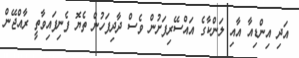
އަދި އިންޑިއާ އާއި ލަންކާގެ އައްސޭރިފަށުން ވެސް ދާދިފަހުން ތެޔޮ ފެނިފައިވާތީ ރާއްޖޭން